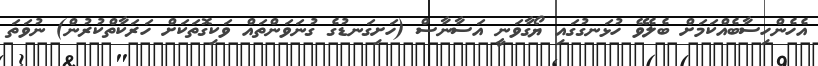
އެހެންހިސާބެއްކަމަށް ބެލެވޭ ހުޅަނގުގައި ޔޯގާވަނީ އަސާނާސް (ހަށިގަނޑުގެ ގުނަވަންތައް ވަކިގޮތަކަށް ހަރަކާތްކުރުން) ނުވަތަ